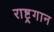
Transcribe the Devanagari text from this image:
राष्ट्र्गान